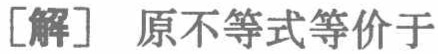
[解] 原不等式等价于